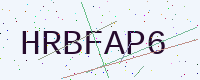
Text: HRBFAP6